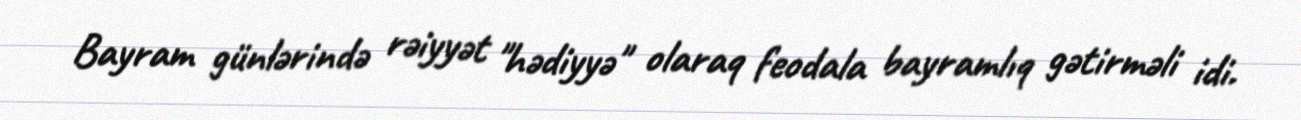
Bayram günlərində rəiyyət "hədiyyə" olaraq feodala bayramlıq gətirməli idi.